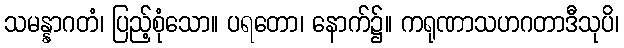
သမန္နာဂတံ၊ ပြည့်စုံသော။ ပရတော၊ နောက်၌။ ကရုဏာသဟဂတာဒီသုပိ၊